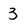
Character: 3